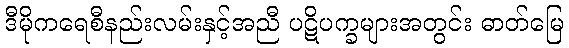
ဒီမိုကရေစီနည်းလမ်းနှင့်အညီ ပဋိပက္ခများအတွင်း ဓာတ်မြေ